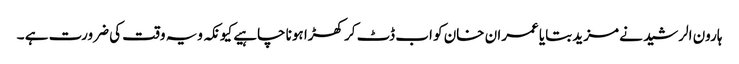
ہارون الرشید نے مزید بتایا عمران خان کو اب ڈٹ کر کھڑا ہونا چاہیے کیونکہ ویہ وقت کی ضرورت ہے ۔